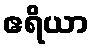
ဧရိယာ